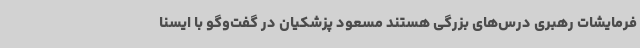
فرمایشات رهبری درس‌های بزرگی هستند مسعود پزشکیان در گفت‌وگو با ایسنا